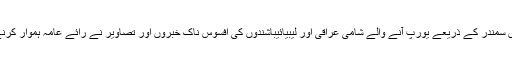
لیکن حالیہ دنوں سمندر کے ذریعے یورپ آنے والے شامی عراقی اور لیبیائیباشندوں کی افسوس ناک خبروں اور تصاویر نے رائے عامہ ہموار کرنے میں مدد دی۔